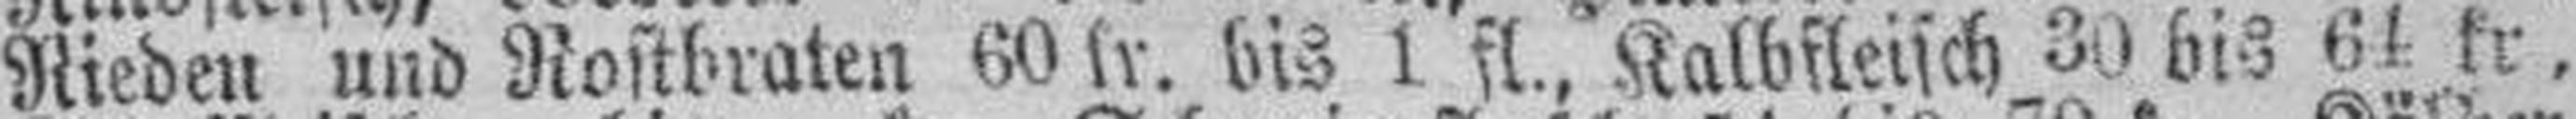
Rieden und Rostbraten 60 kr. bis 1 fl., Kalbfleisch 30 bis 64 kr,